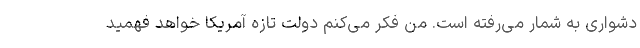
دشواری به شمار می‌رفته است. من فکر می‌کنم دولت تازه آمریکا خواهد فهمید